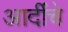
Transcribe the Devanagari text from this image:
आदींंचे